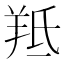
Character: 羝